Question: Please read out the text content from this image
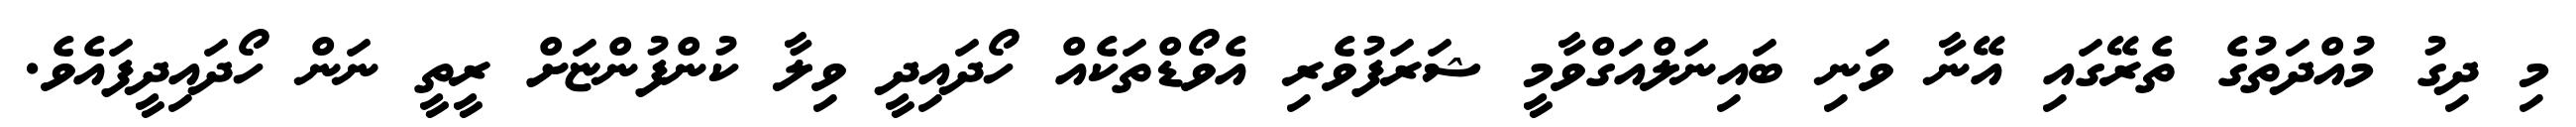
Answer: މި ދިގު މުއްދަތުގެ ތެރޭގައި އޭނާ ވަނި ބައިނަލްއަގްވާމީ ޝަރަފުވެރި އެވޯޑްތަކެއް ހޯދައިދީ ވިލާ ކުންފުންޏަށް ރީތީ ނަން ހޯދައިދީފައެވެ.